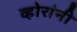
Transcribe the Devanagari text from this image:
व्होरांनी